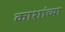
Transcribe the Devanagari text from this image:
काशांच्या